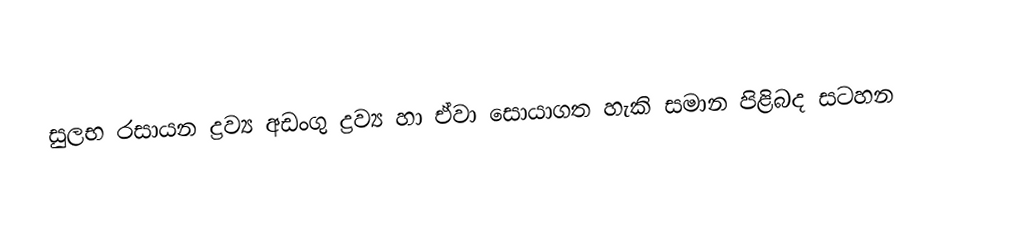
සුලභ රසායන ද්‍රව්‍ය අඩංගු ද්‍රව්‍ය හා ඒවා සොයාගත හැකි සමාන පිළිබද සටහන